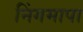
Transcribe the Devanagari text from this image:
निंगमापा